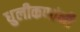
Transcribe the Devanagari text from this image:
धुलीकणांनी